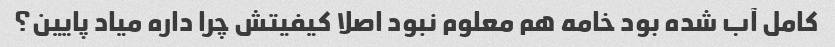
کامل آب شده بود خامه هم معلوم نبود اصلا کیفیتش چرا داره میاد پایین؟